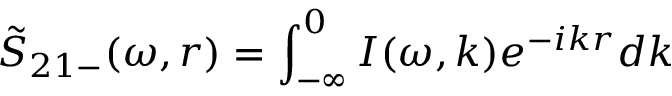
\tilde { S } _ { 2 1 - } ( \omega , r ) = \int _ { - \infty } ^ { 0 } I ( \omega , k ) e ^ { - i k r } d k